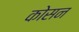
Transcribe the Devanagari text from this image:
कोसन